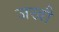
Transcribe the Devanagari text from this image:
जखौ